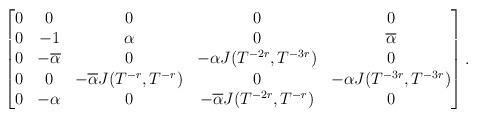
LaTeX: \begin{align*}\begin{bmatrix}0&0&0&0&0\\0&-1&\alpha&0&\overline\alpha\\0&-\overline\alpha&0&-\alpha J(T^{-2r},T^{-3r})&0\\0&0&-\overline\alpha J(T^{-r},T^{-r})&0&-\alpha J(T^{-3r},T^{-3r})\\0&-\alpha&0&-\overline\alpha J(T^{-2r},T^{-r})&0\end{bmatrix}.\end{align*}